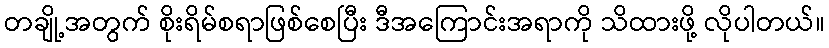
တချို့အတွက် စိုးရိမ်စရာဖြစ်စေပြီး ဒီအကြောင်းအရာကို သိထားဖို့ လိုပါတယ်။